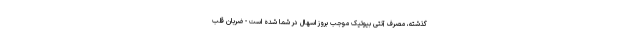
گذشته، مصرف آنتی بیوتیک موجب بروز اسهال در شما شده است - ضربان قلب